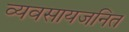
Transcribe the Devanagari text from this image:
व्यवसायजनित